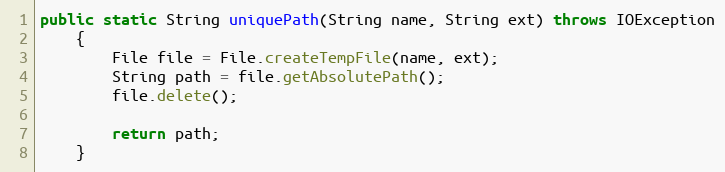
Language: Java
public static String uniquePath(String name, String ext) throws IOException
    {
        File file = File.createTempFile(name, ext);
        String path = file.getAbsolutePath();
        file.delete();

        return path;
    }